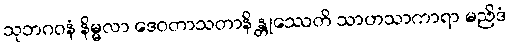
သုဘဂဝနံ နိမ္မလာ ဒေဝတာသတာနိ န္တုဿေတိ သာဟသာကာရာ မညိဒံ